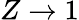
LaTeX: Z\rightarrow 1